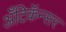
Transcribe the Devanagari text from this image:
अँटिकॅन्सर